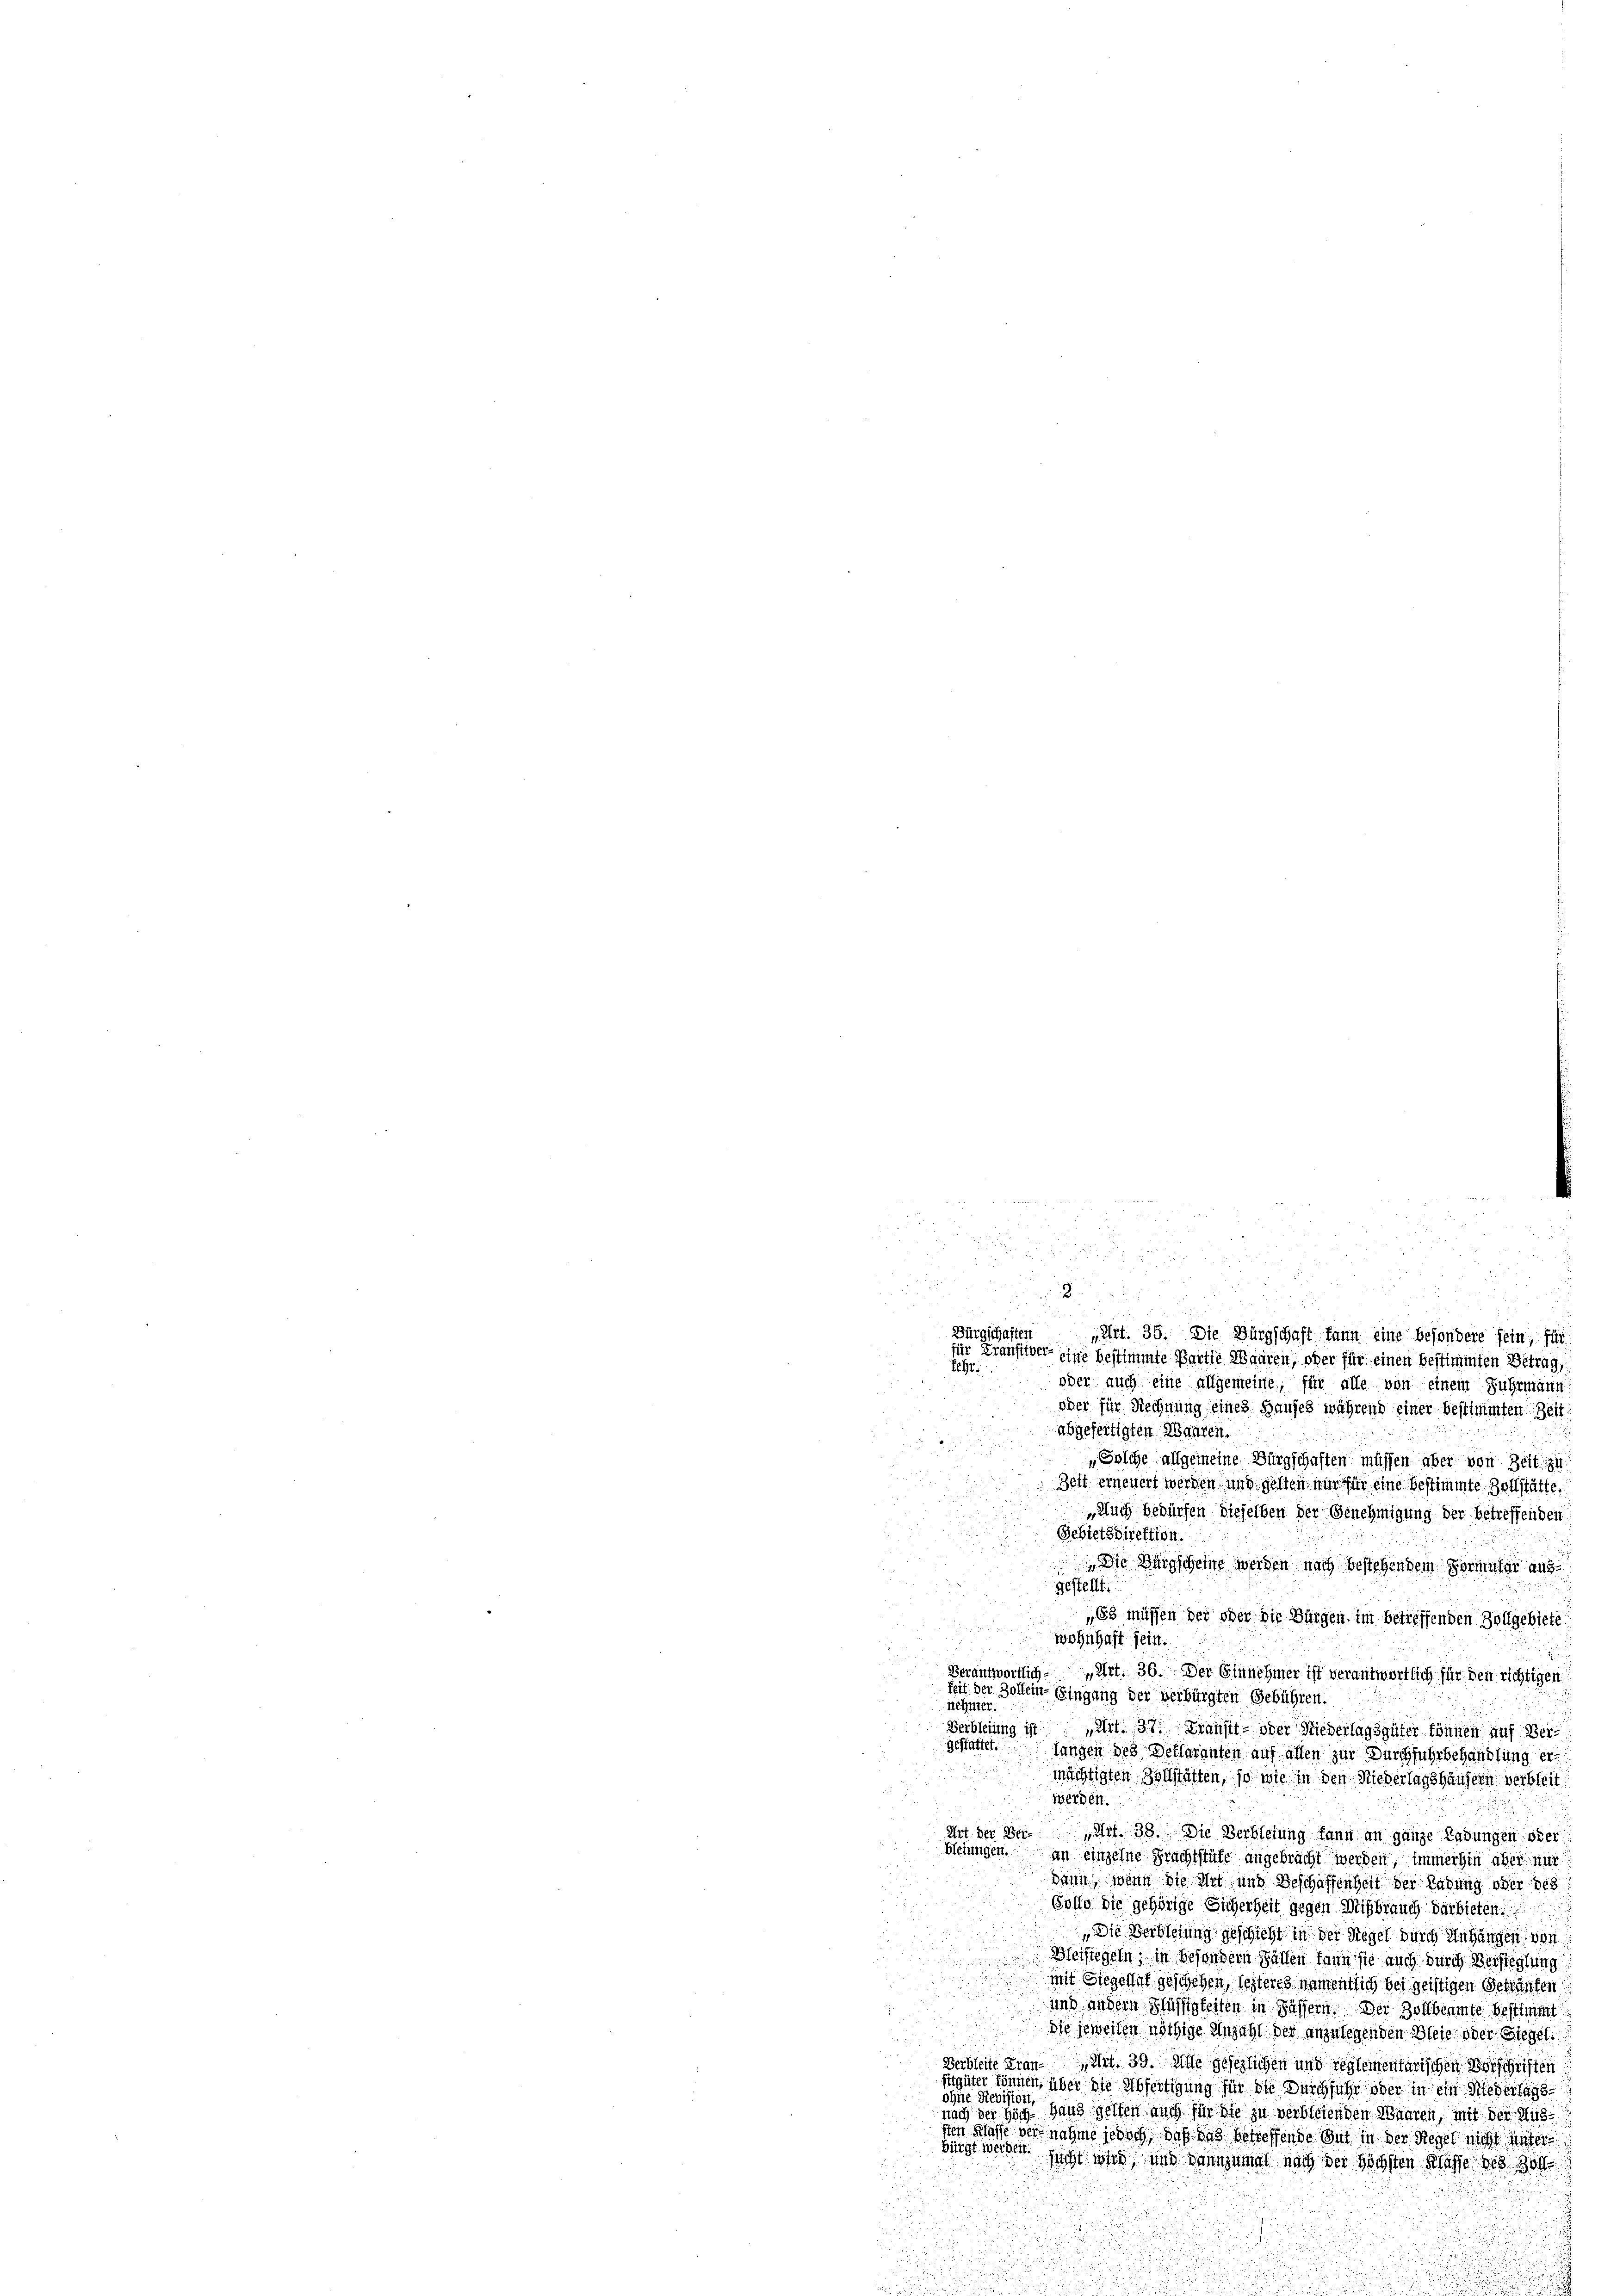
d
Bürgschaften
Lehr

u

 2
u
„Art. 35. Die Bürgschaft kann eine besondere sein, für
für Franster eine bestimmte Partie Waaren, oder für einen bestimmten Betrag,
oder auch eine allgemeine, für alle von einem Fuhrmann
oder für Rechnung eines Hauses während einer bestimmten Zeit
abgefertigten Waaren.
Solche allgemeine Bürgschaften müssen aber von Zeit zu
Zeit erneuert werden und gelten nur für eine bestimmte Zollstätte,
Auch bedürfen dieselben der Genehmigung der betreffenden
.
Gebietsdirektion.
 Die Bürgscheine werden nach bestehendem Formular aus
gestellt.
„Es müssen der ober die Bürgen im betreffenden Zollgebiete
wohnhaft sein.
Verantwortlich Art. 36. Der Einnehmer ist verantwortlich für den richtigen
keit der Zollein Eingang der verbürgten Gebühren.
nehmer.
u
Verbleiung ist
Art. 37. Transit oder Niederlagsgüter können auf Vergestattet.
Jungen des Declaranten auf allen zur Durchfuhrbehandlung er
mächtigten Vollstätten, so wie in den Niederlagshäusern verbleit
iwerden.
Art der Bern Art. 38. Die Verbietung kann an ganze Ladungen oder
Bleiungen.
an einzelne Prachtstufe angebracht werden, immerhin aber nur
dann wenn die Art und Beschaffenheit der Ladung oder des
Code die gehörige Sicherheit gegen Mißbrauch darbieten.
Die Verblegung geschieht in der Regel durch Anhangen von
Bleistegeln, in besondern Fallen kann sie auch durch Versteglung
mit Siegellat geschehen, lezteres namentlich bei geistigen Geträufen
und andern Flüssigkeiten in Wassern. Der Zollbeamte Bestimmt
die jeweiten nöthige Anzahl der anzulegenden Bleib oder Siegel
Derbheite Franz Art. 39. Alle gesezlichen und reglementarischen Vorschriften
sgüter können, über die Abfertigung für die Durchfuhr oder in ein Niederlags
ohne Revision,
nach der sich Hand gelten auch für die zu verblehenden Waaren, mit der Aus
sten schaffe vernahme jedoch, daß aus betreffende mit in der Regel nicht unter
bingt werdent sicht wird und dannzumal nach der Höchsten Klasse des 10